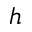
h